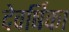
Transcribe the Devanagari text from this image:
देवर्षिका